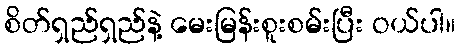
စိတ်ရှည်ရှည်နဲ့ မေးမြန်းစူးစမ်းပြီး ဝယ်ပါ။